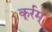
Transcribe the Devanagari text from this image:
कूर्रम्